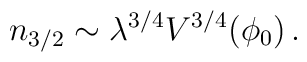
n_{3/2} \sim   \lambda^{3/4} V^{3/4}(\phi_0)  \,.